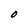
Character: O